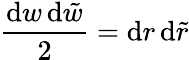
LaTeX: \frac{\mathrm{d}w\, \mathrm{d}\tilde{w}}{2}=\mathrm{d}r\, \mathrm{d}\tilde{r}